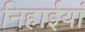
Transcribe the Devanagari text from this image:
निहाईयां